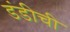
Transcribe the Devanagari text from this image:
डंडीची